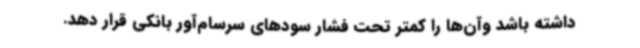
داشته باشد وآن‌ها را کمتر تحت فشار سودهای سرسام‌آور بانکی قرار دهد.